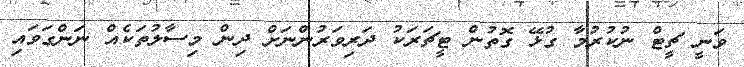
ވަނީ ޗީޓް ނުކުރުމާ ގުޅޭ ގޮތުން ޓީޗަރަކު ދަރިވަރުންނަށް ދިން މިސާލުތަކެއް ނަންގަވައި